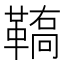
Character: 𩌚